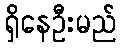
ရှိနေဦးမည်